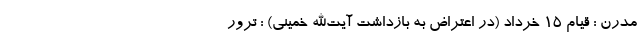
مدرن : قیام 15 خرداد (در اعتراض به بازداشت آیت‌الله خمینی) : ترور